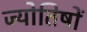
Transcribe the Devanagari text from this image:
ज्योतिषों